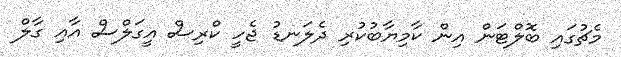
މެޗުގައި ބޮލްޓަން އިން ކާމިޔާބުކުރި ދެލަނޑު ޖެހީ ކްރިސް އީގަލްސް އާއި ގާލް